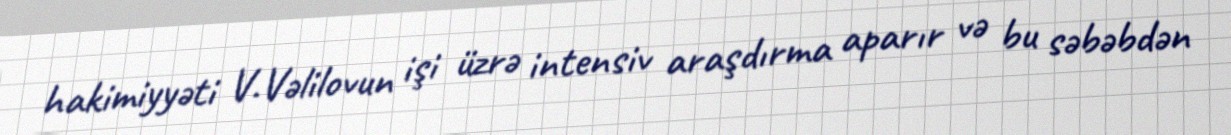
hakimiyyəti V.Vəlilovun işi üzrə intensiv araşdırma aparır və bu səbəbdən